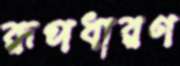
রূপধারণ